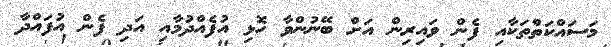
މަސައްކަތްތަކާއި ފެން ވައިރިން އަށް ބޭނުންވާ ހޮޅި އުފެއްދުމާއި އަދި ފެން އުފައްދާ